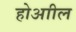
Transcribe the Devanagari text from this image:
होआील